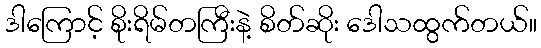
ဒါကြောင့် စိုးရိမ်တကြီးနဲ့ စိတ်ဆိုး ဒေါသထွက်တယ်။